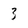
Character: 3